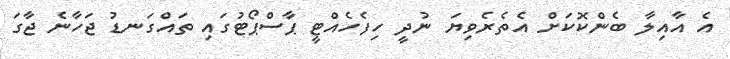
އެ އާއިލާ ބެންކޮކަށް އެތެރެވިޔަ ނުދީ ހިފެހެއްޓީ ޕާސްޕޯޓުގައި ތައްގަނޑު ޖަހާނެ ޖާގަ